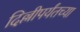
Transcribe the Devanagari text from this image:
दिल्लीपर्यंतच्या